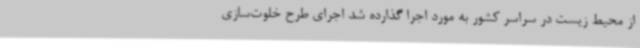
از محیط زیست در سراسر کشور به مورد اجرا گذارده شد اجرای طرح خلوت‌سازی